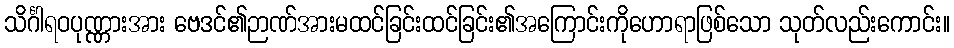
သိင်္ဂါရဝပုဏ္ဏားအား ဗေဒင်၏ဉာဏ်အားမထင်ခြင်းထင်ခြင်း၏အကြောင်းကိုဟောရာဖြစ်သော သုတ်လည်းကောင်း။